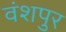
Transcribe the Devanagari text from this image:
वंशपुर